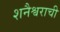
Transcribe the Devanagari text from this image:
शनैश्वराची